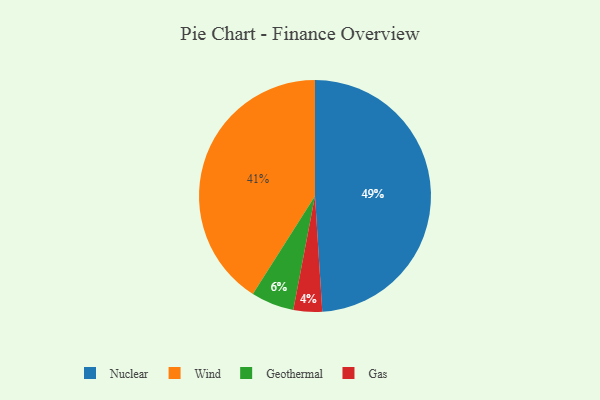
{"axis": {"x": "Category", "y": "Percentage"}, "legend": ["Gas", "Geothermal", "Nuclear", "Wind"], "data": [{"x": "Nuclear", "y": 49, "type": "Nuclear"}, {"x": "Gas", "y": 4, "type": "Gas"}, {"x": "Wind", "y": 41, "type": "Wind"}, {"x": "Geothermal", "y": 6, "type": "Geothermal"}]}